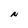
Character: N